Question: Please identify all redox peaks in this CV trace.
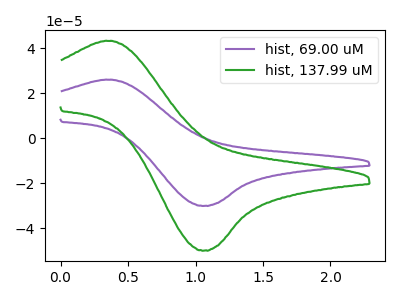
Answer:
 <answer>The purple curve "hist, 69.00 uM" has an anodic peak at (0.35V, 26.00uA) and a cathodic peak at (1.05V, -29.95uA). The green curve "hist, 137.99 uM" has an anodic peak at (0.35V, 43.20uA) and a cathodic peak at (1.05V, -49.80uA).</answer>
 <eval></eval>